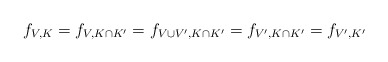
\begin{align*} f_{V,K}=f_{V,K\cap K'}=f_{V\cup V',K\cap K'}=f_{V',K\cap K'}=f_{V',K'} \end{align*}